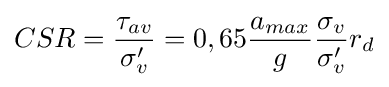
CSR={\frac {\tau _{av}}{\sigma '_{v}}}=0,65{\frac {a_{max}}{g}}{\frac {\sigma _{v}}{\sigma '_{v}}}r_{d}